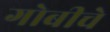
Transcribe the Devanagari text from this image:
गोबीचे